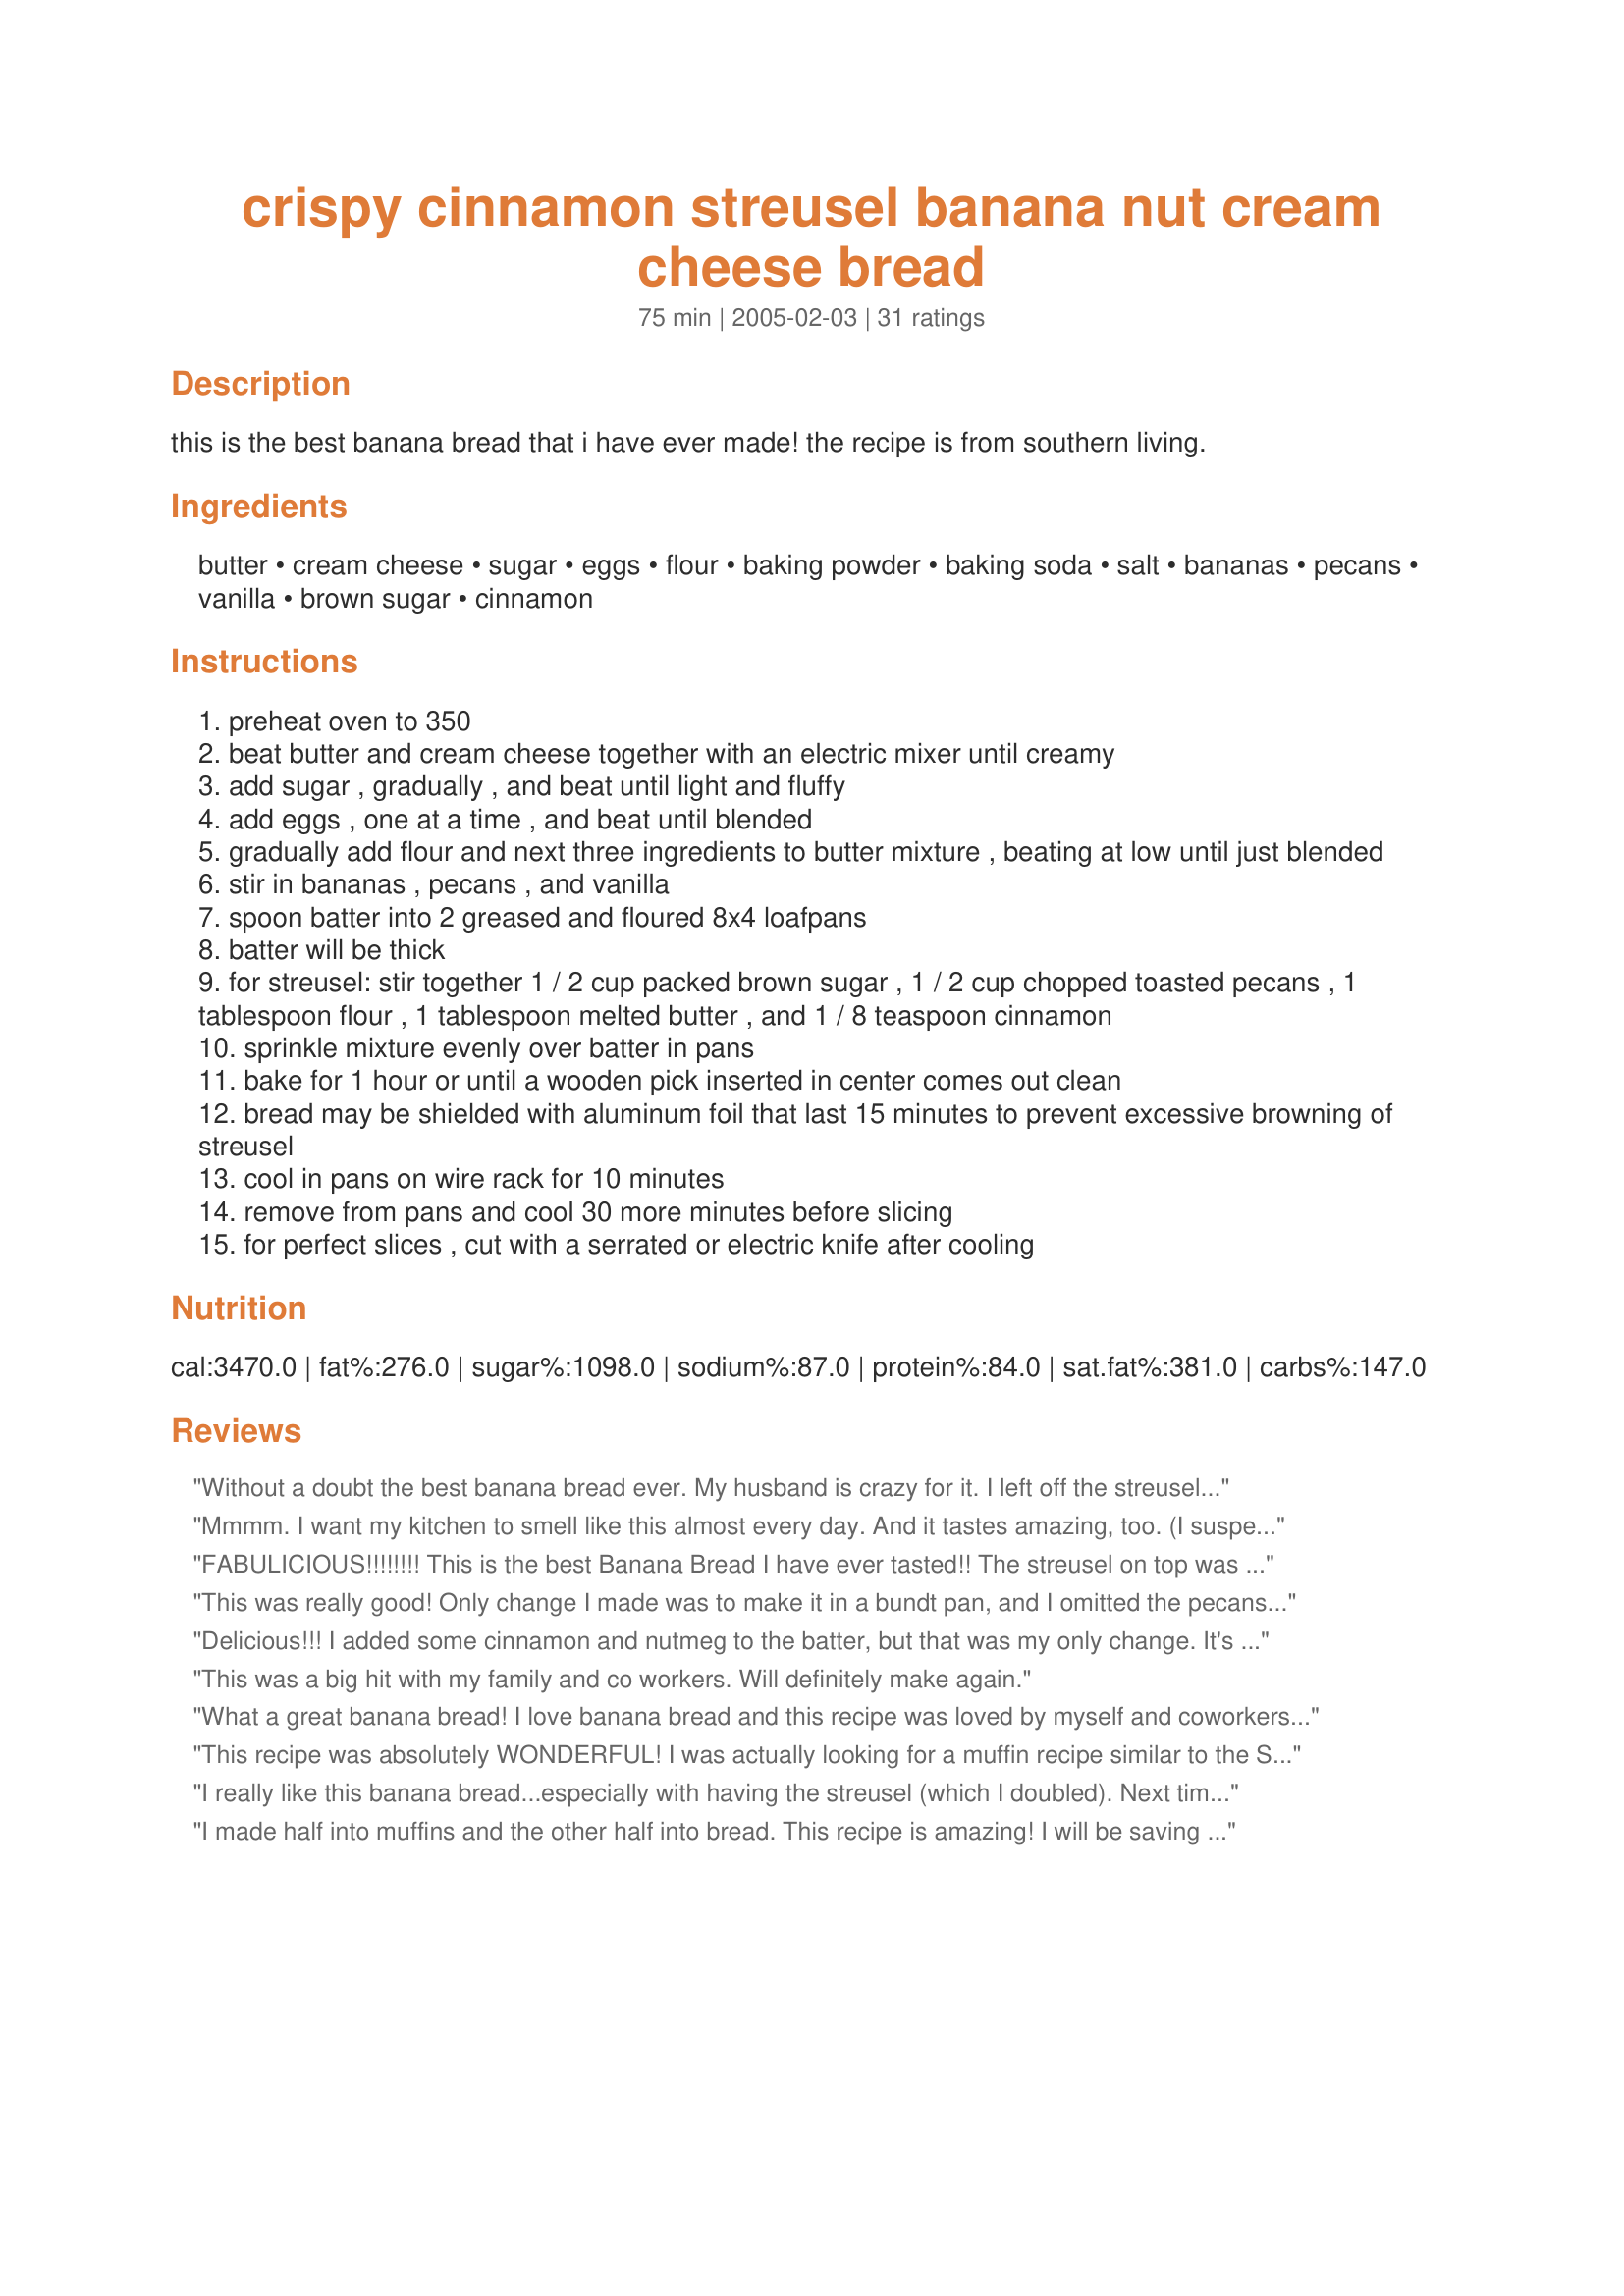
crispy cinnamon streusel banana nut cream cheese bread
Preparation time: 75 minutes

this is the best banana bread that i have ever made! the recipe is from southern living.

Ingredients:
butter, cream cheese, sugar, eggs, flour, baking powder, baking soda, salt, bananas, pecans, vanilla, brown sugar, cinnamon

Steps:
preheat oven to 350
beat butter and cream cheese together with an electric mixer until creamy
add sugar , gradually , and beat until light and fluffy
add eggs , one at a time , and beat until blended
gradually add flour and next three ingredients to butter mixture , beating at low until just blended
stir in bananas , pecans , and vanilla
spoon batter into 2 greased and floured 8x4 loafpans
batter will be thick
for streusel: stir together 1 / 2 cup packed brown sugar , 1 / 2 cup chopped toasted pecans , 1 tablespoon flour , 1 tablespoon melted butter , and 1 / 8 teaspoon cinnamon
sprinkle mixture evenly over batter in pans
bake for 1 hour or until a wooden pick inserted in center comes out clean
bread may be shielded with aluminum foil that last 15 minutes to prevent excessive browning of streusel
cool in pans on wire rack for 10 minutes
remove from pans and cool 30 more minutes before slicing
for perfect slices , cut with a serrated or electric knife after cooling

Reviews:
Without a doubt the best banana bread ever. My husband is crazy for it. I left off the streusel the second time I made it because it just didn't seem to need it.
Mmmm. I want my kitchen to smell like this almost every day. And it tastes amazing, too. (I suspect that once my tastebuds are back to normal, it'll taste even better.)
FABULICIOUS!!!!!!!! This is the best Banana Bread I have ever tasted!! The streusel on top was a devine addition!! Thanks so much for posting this recipe!!! Yummmmmmy!!!!
This was really good! Only change I made was to make it in a bundt pan, and I omitted the pecans. Took it to work to share. Everyone really liked it, but thought it was missing something... Who knows. If I make it again, I will perhaps include a layer of the topping in the middle. Thanks for sharing :)
Delicious!!! I added some cinnamon and nutmeg to the batter, but that was my only change. It's the best banana bread I've ever had!! :)

Thank you LVS
This was a big hit with my family and co workers. Will definitely make again.
What a great banana bread! I love banana bread and this recipe was loved by myself and coworkers. It was a beautiful bread and the topping was very delicious. Add this banana recipe to your cookbook!
This recipe was absolutely WONDERFUL! I was actually looking for a muffin recipe similar to the Starbucks muffins (with that crunchy topping). So, I decreased the baking time and made it into 24 muffins instead of 2 loafs. These were definately a "DO OVER" according to dh. Thank you so much for posting...this is exactly what I wanted.

Oh and PS I thought the batter was going to be too thick when I was pouring it into the muffin cups, but it turned our perfect! I baked them for about 35 min in my gas oven. Thanks again!
I really like this banana bread...especially with having the streusel (which I doubled). Next time, I think I will reduce the sugar in the bread by about half as it was too sweet for me. Nice recipe!
I made half into muffins and the other half into bread. This recipe is amazing! I will be saving this recipe.
This bread is awesome. I did not use the nuts but followed the rest of the recipe. My topping did not turn out like struedel so I just poured it over the top of the batter and it turned out great. So far this is the best banana bread(I have tried about 6 different ones so far). Thanks for the great recipe.

Karen
I can't believe this has only one rating. This is absolutely wonderful! So glad I found it. The cream cheese really does make the difference, so unlike any other banana bread I have tasted. Great texture. I even made it without the topping, but can't wait to try it with the topping. Thanks for posting such a great recipe! I would give it 10 stars if I could.
I made them into muffins and took these to a mini family reunion. My niece wanted to hide them for herself. Really good!! Thank you for the recipe.
Fantastic! I made it in a bundt pan also as suggested by Loves2Teach. I doubled the streusel recipe and baked an extra layer of streusel between the banana bread layers as well as putting it on top. Everybody loved it and it was relatively easy to make!
I used 2/3 of the recipe because I didn't have enough bananas and baked it in a 9x5 loaf pan. It still took an hour to bake and it was absolutely delicious.
OH MY STARS!! A kazillion stars on this one!! This is the lightest, fluffiest, most heavenly banana but bread recipe I have ever tried in my life! You MUST try this recipe!! Thank you ... thank you ... thank you (Because two people posted the same recipe I am rating them both!!) *** edited to add I made one (8"x4") loaf and 12 muffins. The muffins were done in 30/35 mins. They were a huge hit also!!
This is the best banana bread I think I've ever made! I've made quite a few different recipes, but this one takes the prize...maybe it's the cream cheese, or maybe the crunchy topping? Whatever it is that makes this bread tops, I'll be sure to make it when the family is all home! Thanks Nolan'sMom!
I made this recipe as muffins instead of bread...they turned out perfect...light and fluffy...I could have used one more banana, buth otherwise perfect...
Made into muffin form, but left out the nuts. I dont care for banana, so cant comment on the taste, but Hubby and kids loved them. I sent most to work with hubby, and his co-workers went crazy over them! The batter was really thick, and I worried I had messed up somewhere. But once you add the bananas, it loosens up. Great recipe.
This bread was more like cake than bread -- rich, tender, and yummy! I used lowfat cream cheese and light butter and it still was fab. I don't think the topping added much besides calories, however, so I think I'll leave it off next time. It could be because my butter was too soft and I had more of a paste than a streusel. Anyway, thanks! Delish!
I love this recipe. I have made it so many times and it is amazing. I have gluten-free members in my family and it is really easy to make gluten-free and tastes just as good. Anybody reading, definitely make this banana bread!
Made this today and it came out perfect!!! Moist, flavorful and yummy! I had to sub in walnuts for the pecans, but even still very good. I also made a loaf pan and a tin of muffins, and so far I've tried a muffin and its delicious! The streusel topping really adds a lot to it and I used 5 bananas instead of 4 and less walnuts. Thanks for posting!!!
This recipe turned out excellent! Everyone really loved it. The only change we made was to triple the streusel. What is listed barely covered one loaf. Still, it was excellent tasting!
Delish! Was gone in one day. Thanks!
Two words... YUMMM-MMYY! This bread was awesome and I will be making it for a long time to come! Thank You! (I used walnuts instead of pecans) My husband loves it too! Once he found out that I need four bananas to make this bread and every since he has been letting four bananas ripen on the counter when he is ready for more bread.
Very Good! Thanks for posting this great recipe. Made this tonight to serve with Root Beer Ham and Cheesey Scalloped Potatoes, my DH thought he had died and gone to heaven.
Yummy! I made them into muffins per other reviews and also added an extra banana. Very good and the streusel I could eat by itself! Will make again, perhaps in a bundt pan next time.
11/09/08: This is the best banana bread. The streusel topping is a nice contrast to the moist bread. 05/16/09: I have made this recipe several times now and we really enjoy this bread made as muffins. Makes 2 dozen muffins; bake 25 minutes. Thank you for the recipe.
The crumpling sound you hear is the sound of me throwing away my old banana bread recipe and replacing it with this one! Very good!
I made these in muffins and corn bread log pan. One batch made alot of muffins. The are the best thing I ever made for my husband, he loved them. I had to make two batches of streusel, well worth it. This recipe is the best!
Excellent recipe. I cut the sugar in half, and it was still very tasty. Used about 1/3 of the batter to make muffins. I usually bake with fructose instead of sugar.
